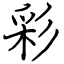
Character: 彩